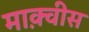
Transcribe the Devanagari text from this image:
माक़्वीस